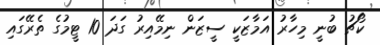
ކޯޗު ބުނީ މިހާރު އަމާޒަކީ ސީޒަން ނިމޭއިރު ގަދަ 10 ޓީމުގެ ތެރޭގައި